Burma Government Medical School reports 1923-41
Year: 1923
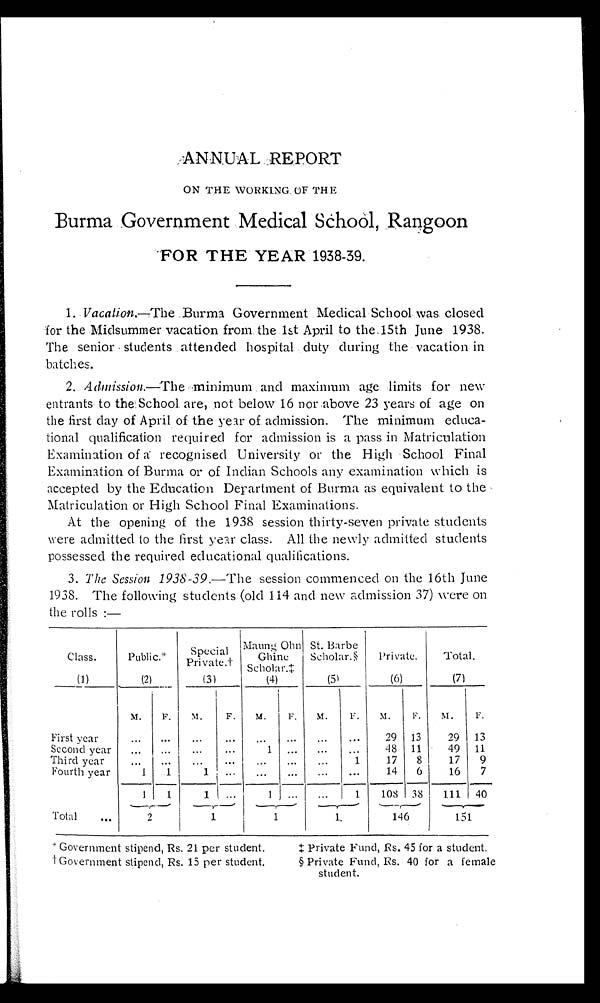
ANNUAL REPORT
ON THE WORKING OF THE
Burma Government Medical School, Rangoon
FOR THE YEAR 1938-39.
1. Vacation.—The Burma Government Medical School was closed
for the Midsummer vacation from the 1st April to the l5th June 1938.
The senior students attended hospital duty during the vacation in
batches.
2. Admission.—The minimum and maximum age limits for new
entrants to the School are, not below 16 nor above 23 years of age on
the first day of April of the year of admission. The minimum educa
- t i o n a l q u a l i f i c a t i o n r e q u i r e d f o r a d m i s s i o n i s a p a s s i n M a t r i c u l a t i o n
Examination of a recognised University or the High School Final
Examination of Burma or of Indian Schools any examination which is
accepted by the Education Department of Burma as equivalent to the
Matriculation or High School Final Examinations.
At the opening of the 1938 session thirty-seven private students
were admitted to the first year class. All the newly admitted students
possessed the required educational qualifications.
3. The Session 1938-39.—The session commenced on the 16th June
1938. The following students (old 114 and new admission 37) were on
the rolls :—
Class.
Public.*
S p e c i a l P r i v a t e . †
Maung Ohn
Ghine
Scholar.‡
St. Barbe
Scholar.§
Private.
Total.
(1)
(2)
(3)
(4)
( 5 )
(6)
(7)
M.
F .
M.
F. M.
F. M.
F.
M.
F.
M.
F.
First year
. . .
. . .
. . .
. . .
. . .
. . .
. . .
. . .
29 13
29 13
Second year
. . .
. . .
. . .
. . .
1
. . .
. . .
. . .
48 11
49 11
Third year
. . .
. . .
. . .
. . .
. . .
. . .
. . .
1
17 8
17
9
Fourth year
1
1
1
. . .
. . .
. . .
. . .
. . .
14 6
16
7
1
1
1
. . .
1
. . .
. . .
1
108 38
111 40
Total . . .
2
1
1
1
146
151
*Government stipend, Rs. 21 per student.
† Government stipend, Rs. 15 per student.
‡ private Fund, Rs. 45 for a student.
§ Private Fund, Rs. 40 for a female
student.